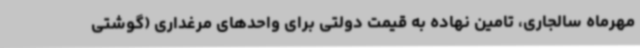
مهرماه سالجاری، تامین نهاده به قیمت دولتی برای واحدهای مرغداری (گوشتی